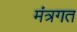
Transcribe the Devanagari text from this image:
मंत्रगत